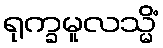
ရုက္ခမူလသ္မိံ